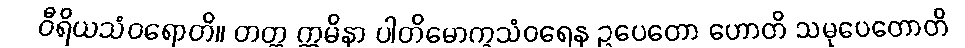
ဝီရိယသံဝရောတိ။ တတ္ထ ဣမိနာ ပါတိမောက္ခသံဝရေန ဥပေတော ဟောတိ သမုပေတောတိ